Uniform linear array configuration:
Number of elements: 8
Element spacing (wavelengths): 1
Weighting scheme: blackman
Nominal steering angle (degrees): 30
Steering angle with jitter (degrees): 31.784
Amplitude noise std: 0.05
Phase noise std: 0.05

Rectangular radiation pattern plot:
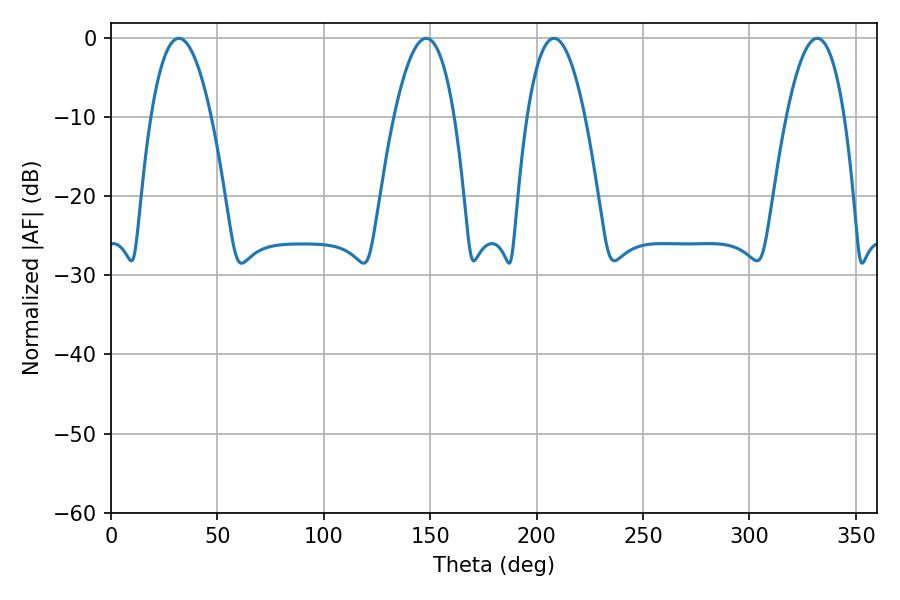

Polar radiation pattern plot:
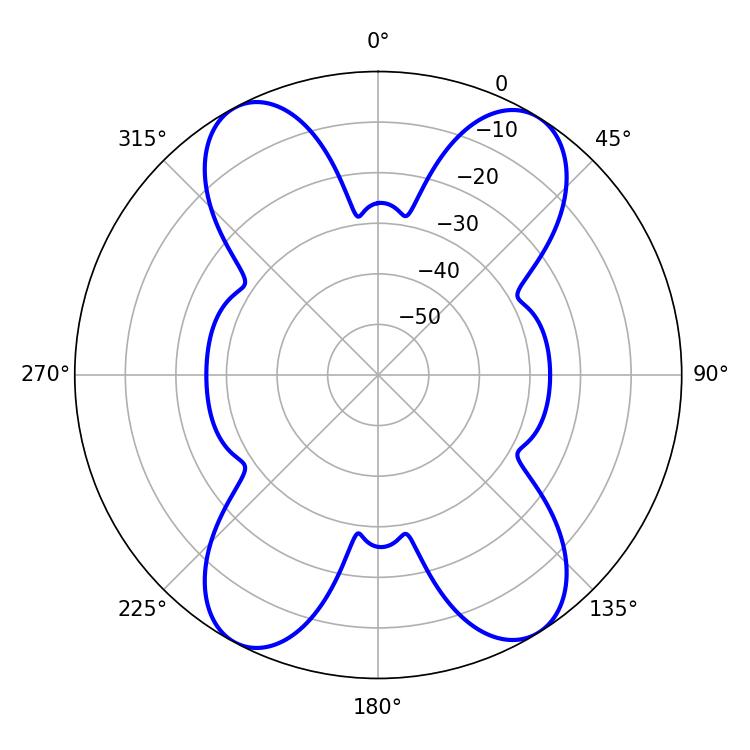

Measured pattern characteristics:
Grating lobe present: TRUE
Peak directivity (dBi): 16.659
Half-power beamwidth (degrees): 15.48
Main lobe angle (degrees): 148.14